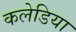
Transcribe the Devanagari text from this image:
कलेडिया